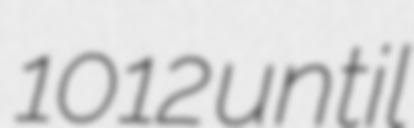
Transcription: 1012 until